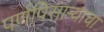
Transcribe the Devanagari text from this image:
पर्णपिसाऱ्याचा